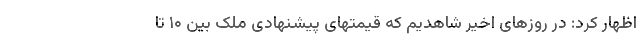
اظهار کرد: در روزهای اخیر شاهدیم که قیمتهای پیشنهادی ملک بین ۱۰ تا